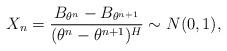
LaTeX: \begin{align*}X_{n}=\frac{B_{\theta^{n}}-B_{\theta^{n+1}}}{(\theta^{n}-\theta^{n+1})^{H}}\sim N(0,1),\end{align*}